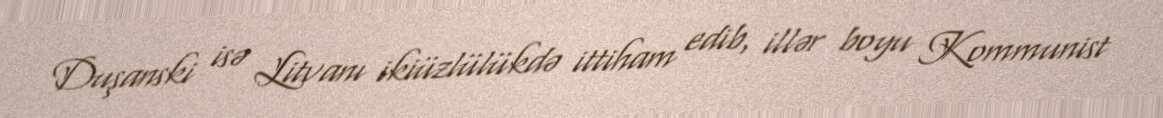
Duşanski isə Litvanı ikiüzlülükdə ittiham edib, illər boyu Kommunist